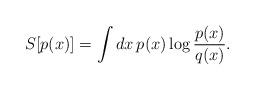
LaTeX: \begin{align*}S[p(x)] = \int dx\, p(x) \log {p(x)\over q(x)}.\end{align*}